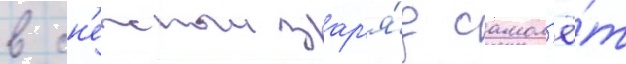
в сн'ежныи зар'я́д самол'ё́т